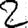
Digit: 2